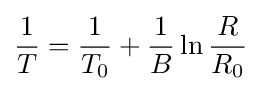
{\frac {1}{T}}={\frac {1}{T_{0}}}+{\frac {1}{B}}\ln {\frac {R}{R_{0}}}